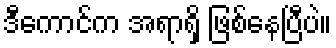
ဒီကောင်က အရာရှိ ဖြစ်နေပြီပဲ။